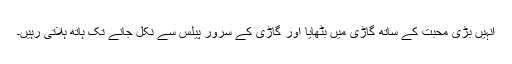
انہیں بڑی محبت کے ساتھ گاڑی میں بٹھایا اور گاڑی کے سرور پیلس سے نکل جانے تک ہاتھ ہلاتی رہیں۔